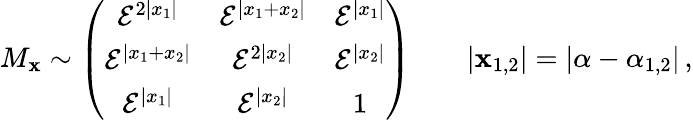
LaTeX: M_{\mathbf{x}}\sim\left(\begin{array}{ccc}{{{\cal E}^{2|x_{1}|}}}&{{{\cal E}^{|x_{1}+x_{2}|}}}&{{{\cal E}^{|x_{1}|}}}\\ {{{\cal E}^{|x_{1}+x_{2}|}}}&{{{\cal E}^{2|x_{2}|}}}&{{{\cal E}^{|x_{2}|}}}\\ {{{\cal E}^{|x_{1}|}}}&{{{\cal E}^{|x_{2}|}}}&{{1}}\end{array}\right)\qquad|\mathbf{x}_{1,2}|=|\alpha-\alpha_{1,2}|\, ,